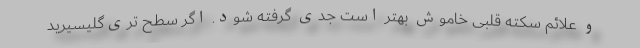
و علائم سکته قلبی خاموش بهتر است جدی گرفته شود. اگر سطح تری‌گلیسیرید